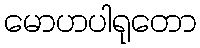
မောဟပါရုတော